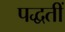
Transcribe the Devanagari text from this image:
पद्धतीं